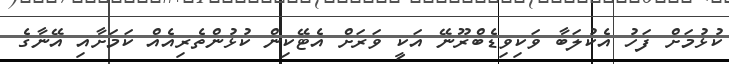
ކުޅުމަށް ފަހު އެކުލަބާ ވަކިވިޑެބްރޫނޭ އަކީ ވަރަށް އެޓޭކިން ކުޅުންތެރިއެއް ކަމަށާއި އޭނާގެ